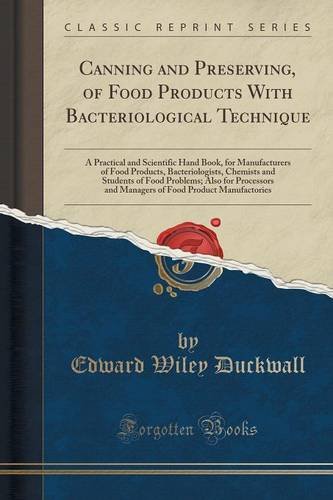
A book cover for Canning and Preserving, of Food Products With Bacteriological Technique: A Practical and Scientific Hand Book, for Manufacturers of Food Products, ... Processors and Managers of Food Product Ma; Edward Wiley Duckwall; Cookbooks, Food & Wine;